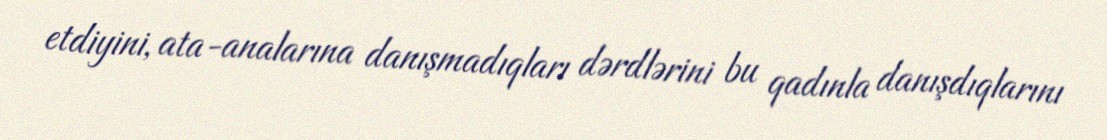
etdiyini, ata-analarına danışmadıqları dərdlərini bu qadınla danışdıqlarını